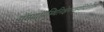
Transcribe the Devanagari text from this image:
गंगायामस्थिनिक्षेपंनकुर्यादितिगौतमः